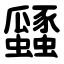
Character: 瓥